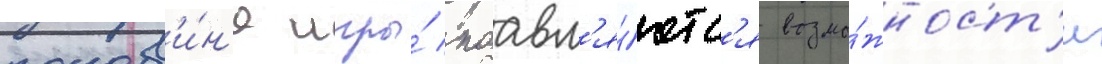
полов'и́н'е игры́ поавл'я́ютс'я возмо́жност'и